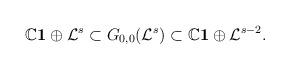
LaTeX: \begin{align*}\mathbb C\mathbf 1\oplus\mathcal L^s\subset G_{0,0}(\mathcal L^s)\subset \mathbb C\mathbf 1\oplus\mathcal L^{s-2}.\end{align*}